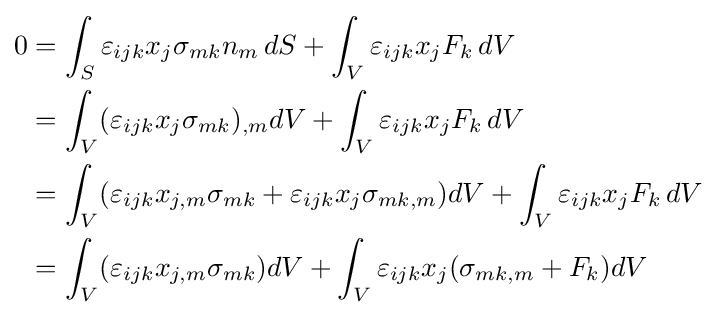
{\begin{aligned}0&=\int _{S}\varepsilon _{ijk}x_{j}\sigma _{mk}n_{m}\,dS+\int _{V}\varepsilon _{ijk}x_{j}F_{k}\,dV\\&=\int _{V}(\varepsilon _{ijk}x_{j}\sigma _{mk})_{,m}dV+\int _{V}\varepsilon _{ijk}x_{j}F_{k}\,dV\\&=\int _{V}(\varepsilon _{ijk}x_{j,m}\sigma _{mk}+\varepsilon _{ijk}x_{j}\sigma _{mk,m})dV+\int _{V}\varepsilon _{ijk}x_{j}F_{k}\,dV\\&=\int _{V}(\varepsilon _{ijk}x_{j,m}\sigma _{mk})dV+\int _{V}\varepsilon _{ijk}x_{j}(\sigma _{mk,m}+F_{k})dV\\\end{aligned}}